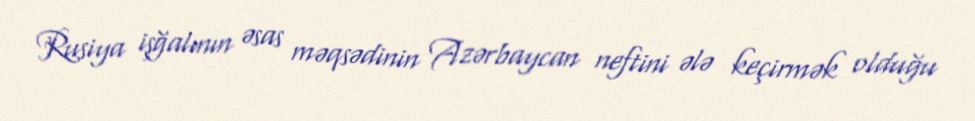
Rusiya işğalının əsas məqsədinin Azərbaycan neftini ələ keçirmək olduğu